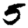
Digit: 5